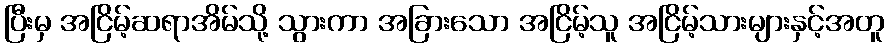
ပြီးမှ အငြိမ့်ဆရာအိမ်သို့ သွားကာ အခြားသော အငြိမ့်သူ အငြိမ့်သားများနှင့်အတူ